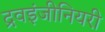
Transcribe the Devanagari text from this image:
द्रवइंजीनियरी